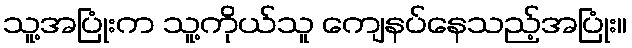
သူ့အပြုံးက သူ့ကိုယ်သူ ကျေနပ်နေသည့်အပြုံး။